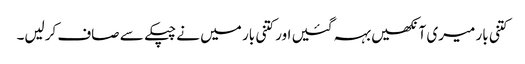
کتنی بار میری آنکھیں بہہ گئیں اور کتنی بار میں نے چپکے سے صاف کرلیں۔